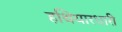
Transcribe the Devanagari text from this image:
हथियारधारी